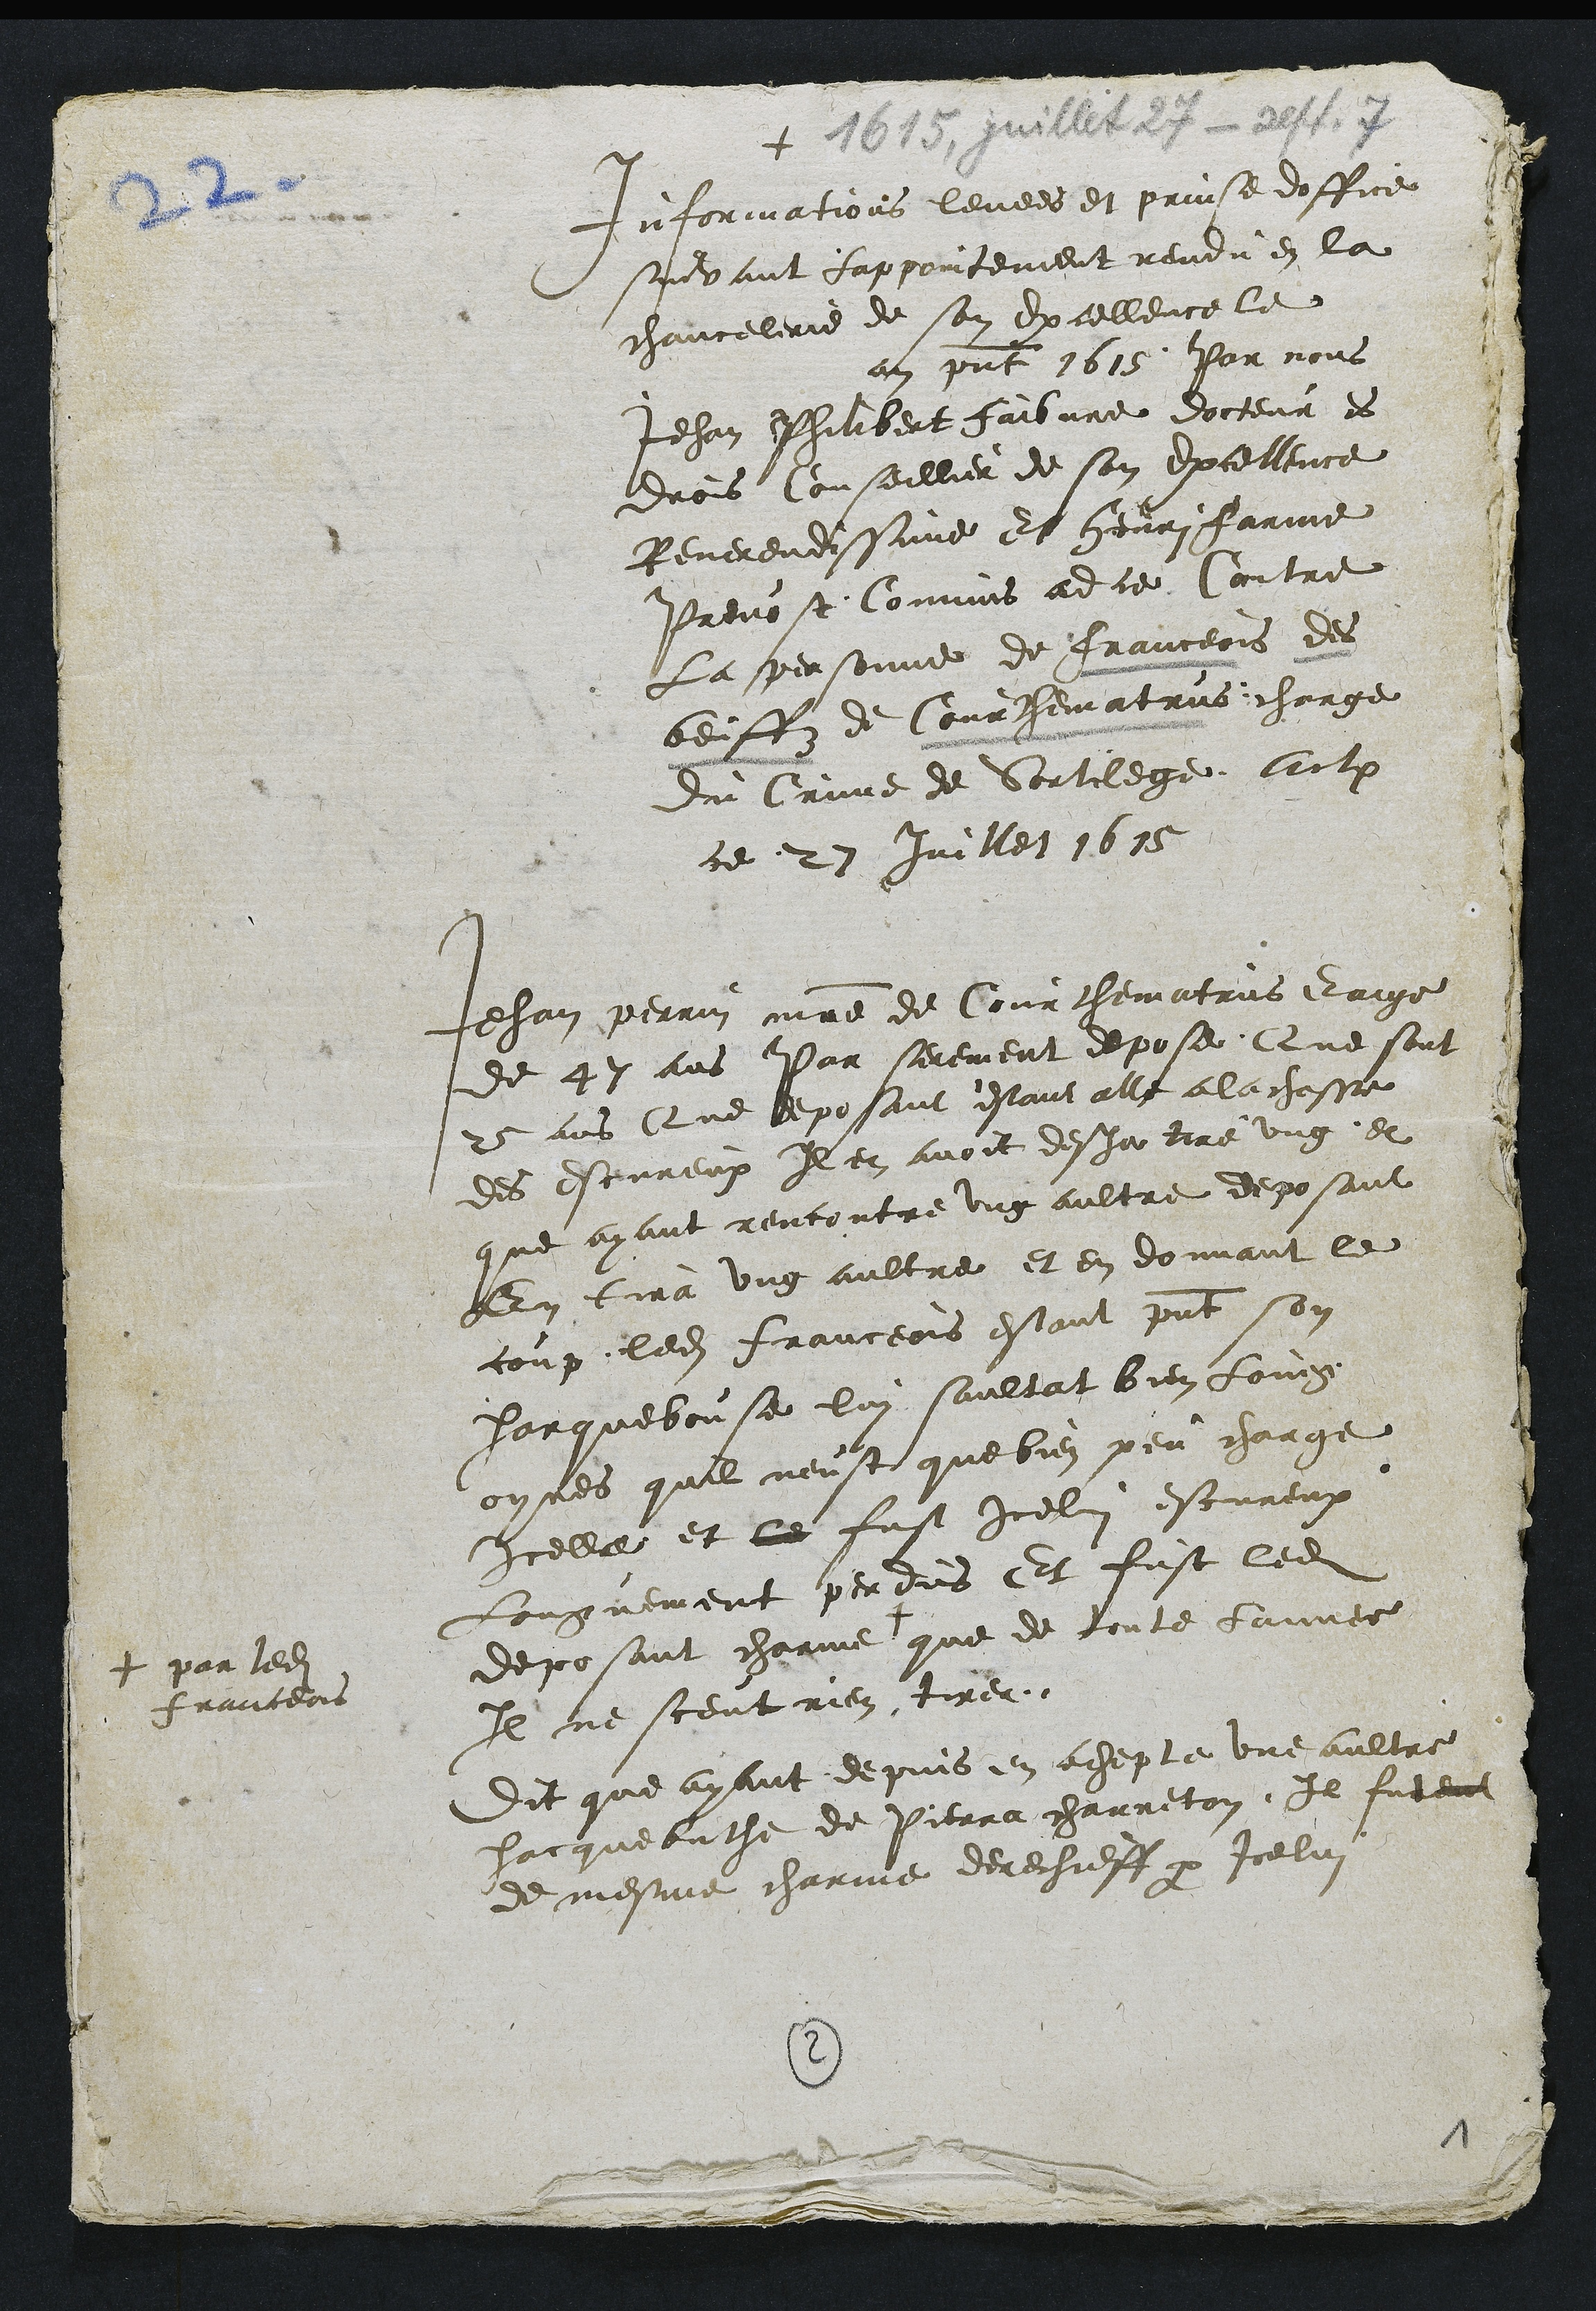
+
Informations levees et prinse doffice
suivant lappointement rendu en la
chancelerie de son Excellence le
an present 1615 Par nous
Jehan Philibert faibvre docteur es
drois Conseillier de son Excellence
Reverendissime et Henri Farine
Prevost Commis adce Contre
La personne de franceois des
beiffz de Courthematrus charge
Du Crime de Sortilege Actum
ce 27 Juillet 1615
Jehan perrin maitre de Courthematrus Eaige
de 47 ans Par serement depose Que sont
25 ans Que deposant estant alle a la chasse
des escureux Il en avoit desja tire ung et
que ayant rencontre ung aultre deposant
En tira ung aultre et en donnant le
coup ledit franceois estant present son
harquebouse lui saultat bien loing
oyres quil neust que bien peu charge
Icelle et le fust icelui escureux
Longuement perdus Et fust ledit
deposant charme +
+ par ledit
franceois
que de toute Lannee
Il ne sceut rien tirer
Dit que ayant depuis en achepte une aultre
hacquebuthe de Pierra charreton Il futent
de mesme charme derechieff par Icelui